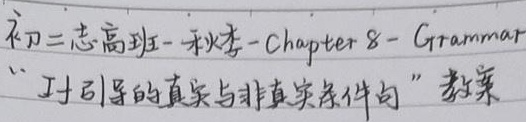
初二志高班 - 秋季 - Chapter 8 - Grammar“if 引导的真实与非真实条件句” 教案